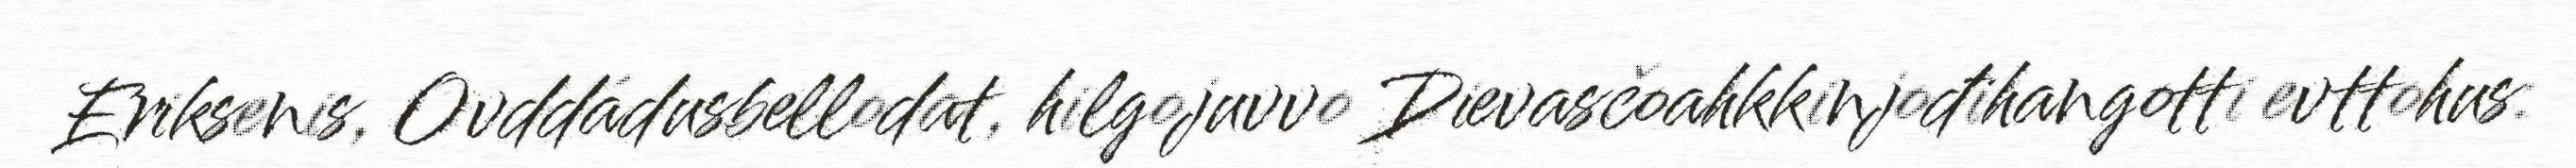
Eriksenis, Ovddádusbellodat, hilgojuvvo Dievasčoahkkinjođihangotti evttohus: